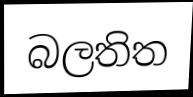
බලතිත